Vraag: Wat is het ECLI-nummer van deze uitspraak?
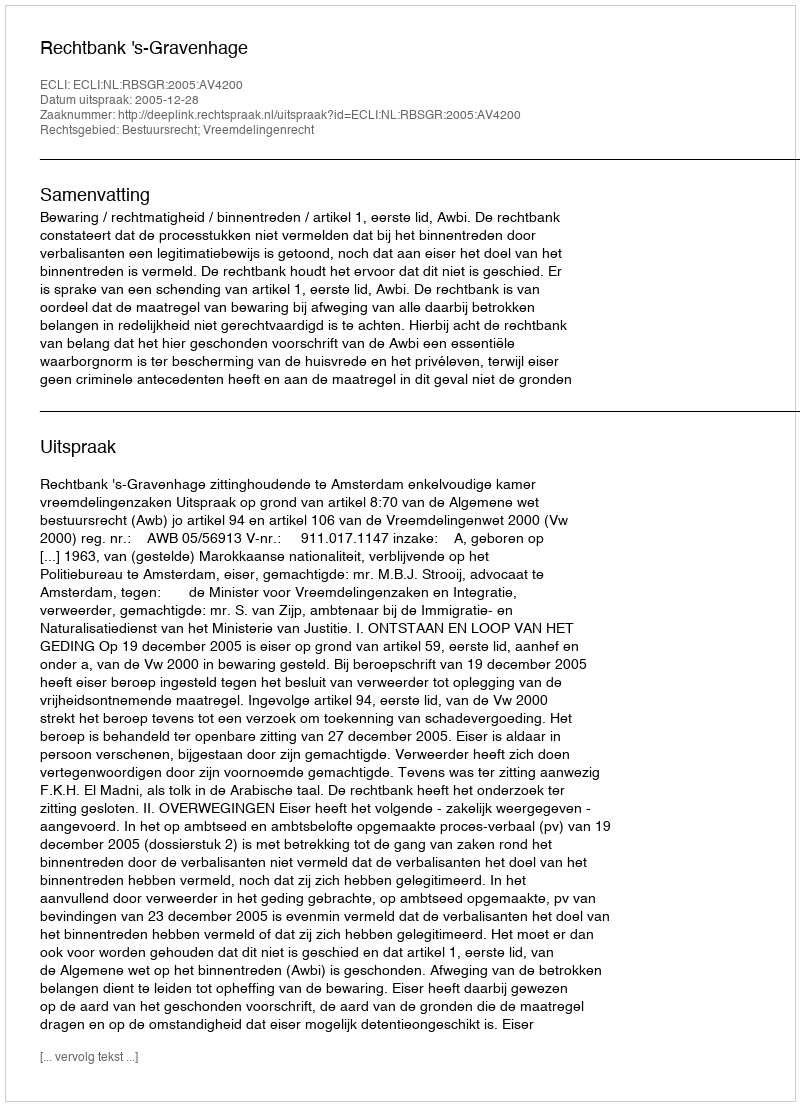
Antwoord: ECLI:NL:RBSGR:2005:AV4200